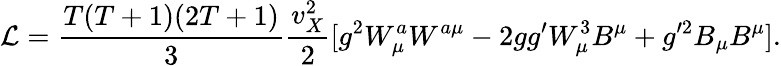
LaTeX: \mathcal{L}=\frac{T(T+1)(2T+1)}{3}\frac{v_{X}^{2}}{2}[g^{2}W_{\mu}^{a}W^{a\mu}-2gg^{\prime}W_{\mu}^{3}B^{\mu}+g^{\prime 2}B_{\mu}B^{\mu}].